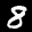
Label: 8